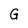
Character: G